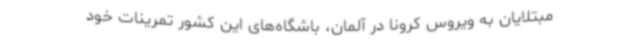
مبتلایان به ویروس کرونا در آلمان، باشگاه‌های این کشور تمرینات خود